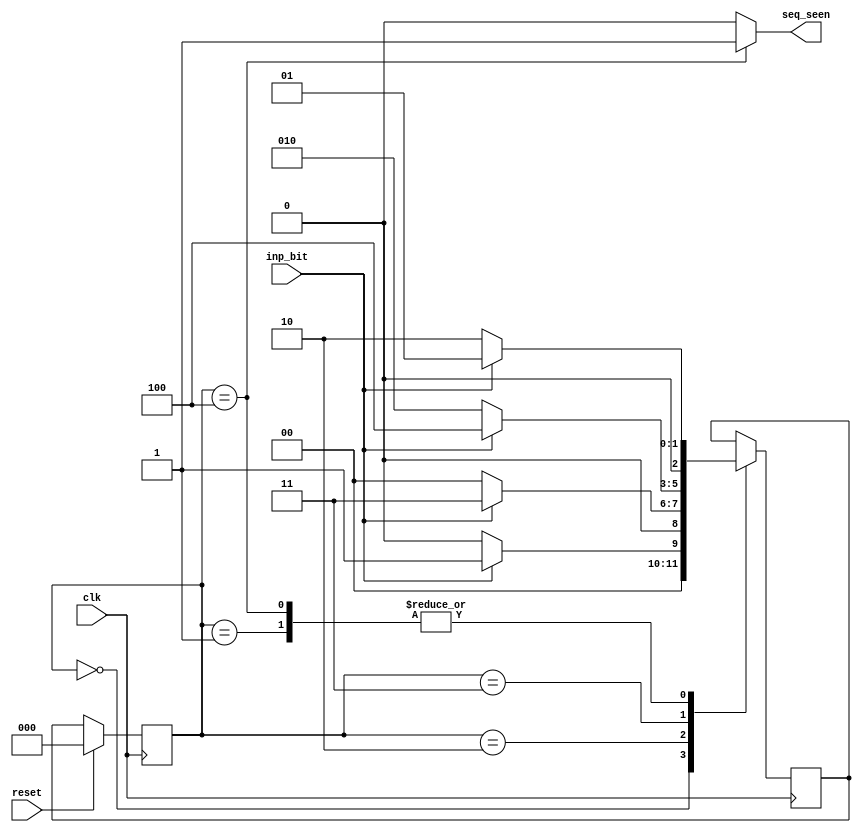
module seq_detect_1011(seq_seen, inp_bit, reset, clk);

  output seq_seen;
  input inp_bit;
  input reset;
  input clk;

  parameter IDLE = 0,
            SEQ_1 = 1, 
            SEQ_10 = 2,
            SEQ_101 = 3,
            SEQ_1011 = 4;

  reg [2:0] current_state, next_state;

 
  assign seq_seen = current_state == SEQ_1011 ? 1 : 0;

 
  always @(posedge clk)
  begin
    if(reset)
    begin
      current_state <= IDLE;
    end
    else
    begin
      current_state <= next_state;
    end
  end

  
  always @(posedge clk)
  begin
    case(current_state)
    
      IDLE:
      begin
        if(inp_bit == 1 )
          next_state = SEQ_1;
        else
          next_state = IDLE;
      end
      SEQ_1:
      begin
        if(inp_bit == 1)
          next_state = SEQ_1;
        else
          next_state = SEQ_10;
      end
      SEQ_10:
      begin
        if(inp_bit == 1)
          next_state = SEQ_101;
        else
          next_state = IDLE;
      end
      SEQ_101:
      begin
        if(inp_bit == 1)
          next_state = SEQ_1011;
        else
          next_state = SEQ_10;
      end
      SEQ_1011:
      begin
        if(inp_bit == 1)
           next_state = SEQ_1;
        else
           next_state = SEQ_10;
      end
    endcase
  end
endmodule